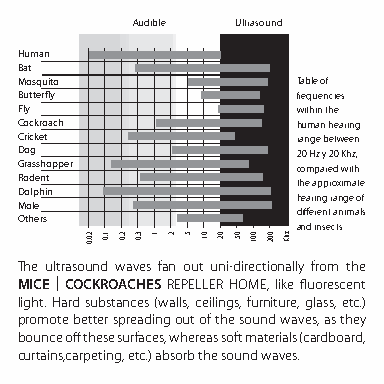
Audible Ultrasound
 Human
 Bat
 Mosquito           Table of
 Butterfly          frequencies
 Fly                within the
 Cockroach          human hearing
 Cricket            range between
 Dog                20 Hz y 20 Khz,
 Grasshopper        compared with
 Rodent             the approximate
 Dolphin            hearing range of
 Mole
 different animals
 Others
 and insects.
 The ultrasound waves fan out uni-directionally from the
 MICE | COCKROACHES REPELLER HOME, like fluorescent
 light. Hard substances (walls, ceilings, furniture, glass, etc.)
 promote better spreading out of the sound waves, as they
 bounce off these surfaces, whereas soft materials (cardboard,
 curtains,carpeting, etc.) absorb the sound waves.
 20.0 1.0 2.0 3.0 1 2 5 01 02 05 001 002 zhK